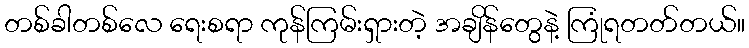
တစ်ခါတစ်လေ ရေးစရာ ကုန်ကြမ်းရှားတဲ့ အချိန်တွေနဲ့ ကြုံရတတ်တယ်။